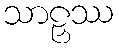
သာဠှဿ